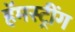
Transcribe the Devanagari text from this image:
हॅमस्ट्रींग